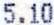
5.10